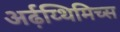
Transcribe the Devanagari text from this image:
अर्ढ़य्थिमिच्स